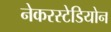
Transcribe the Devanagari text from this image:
नेकरस्टेडियोन